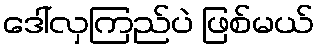
ဒေါ်လှကြည်ပဲ ဖြစ်မယ်